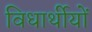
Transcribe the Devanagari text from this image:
विधार्थीयों